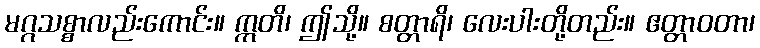
မဂ္ဂသစ္စာလည်းကောင်း။ ဣတိ၊ ဤသို့။ စတ္တာရိ၊ လေးပါးတို့တည်း။ ဧတ္တာဝတာ၊